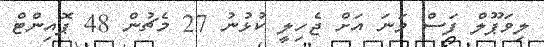
ލިވަޕޫލް ފަސް ވަނަ އަށް ޖެހިލީ ކުޅުނު 27 މެޗުން 48 ޕޮއިންޓް